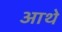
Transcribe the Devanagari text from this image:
आथे